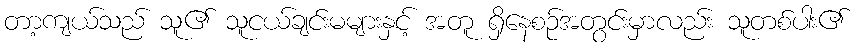
တာ့ကျယ်သည် သူ၏ သူငယ်ချင်းမများနှင့် အတူ ရှိနေစဉ်အတွင်းမှာလည်း သူတစ်ပါး၏